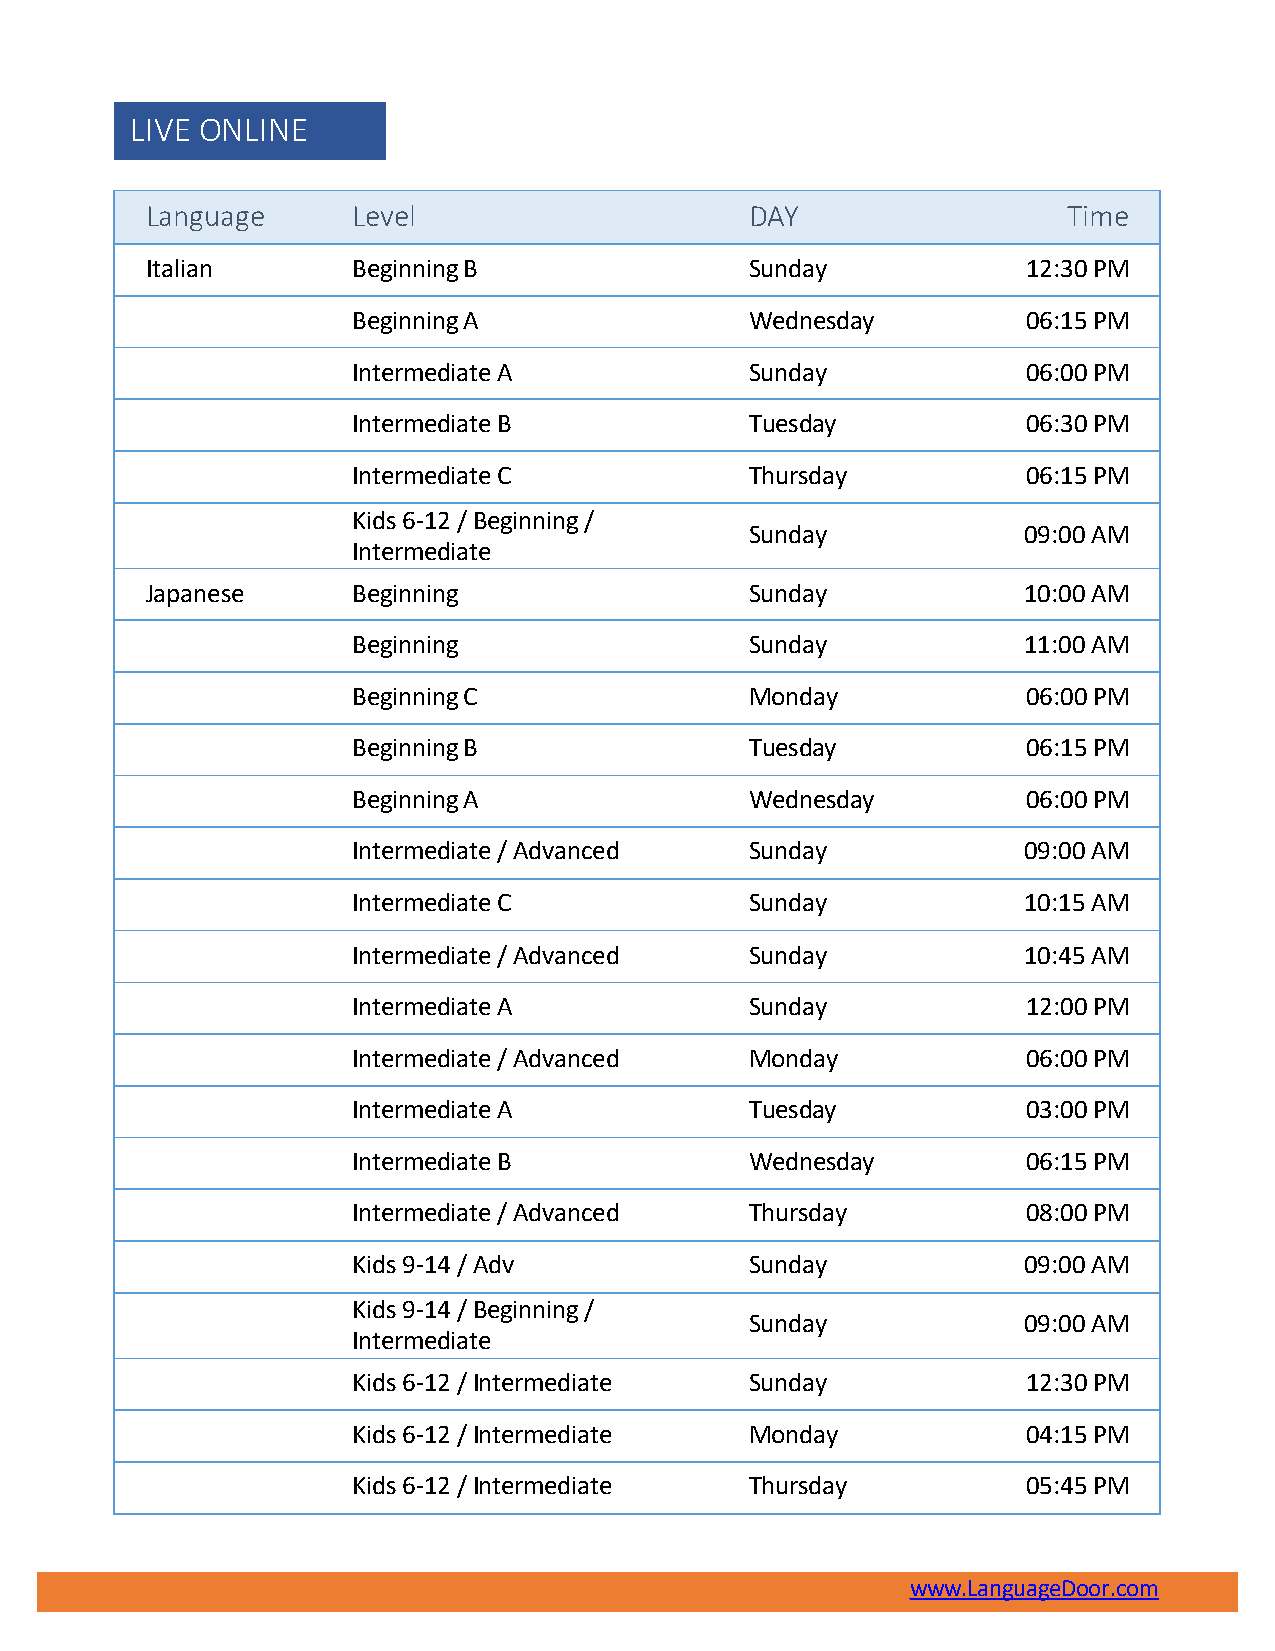
LIVE ONLINE
 Language     Level                      DAY                  Time
 Italian      BeginningB                 Sunday            12:30PM
 BeginningA                 Wednesday         06:15PM
 IntermediateA              Sunday            06:00PM
 IntermediateB              Tuesday           06:30PM
 IntermediateC              Thursday          06:15PM
 Kids 6-12 / Beginning /
 Sunday            09:00AM
 Intermediate
 Japanese     Beginning                  Sunday            10:00AM
 Beginning                  Sunday            11:00AM
 BeginningC                 Monday            06:00PM
 BeginningB                 Tuesday           06:15PM
 BeginningA                 Wednesday         06:00PM
 Intermediate/Advanced      Sunday            09:00AM
 IntermediateC              Sunday            10:15AM
 Intermediate/Advanced      Sunday            10:45AM
 IntermediateA              Sunday            12:00PM
 Intermediate/Advanced      Monday            06:00PM
 IntermediateA              Tuesday           03:00PM
 IntermediateB              Wednesday         06:15PM
 Intermediate/Advanced      Thursday          08:00PM
 Kids9-14/Adv               Sunday            09:00AM
 Kids 9-14/ Beginning /
 Sunday            09:00AM
 Intermediate
 Kids6-12/Intermediate      Sunday            12:30PM
 Kids6-12/Intermediate      Monday            04:15PM
 Kids6-12/Intermediate      Thursday          05:45PM
 www.LanguageDoor.com